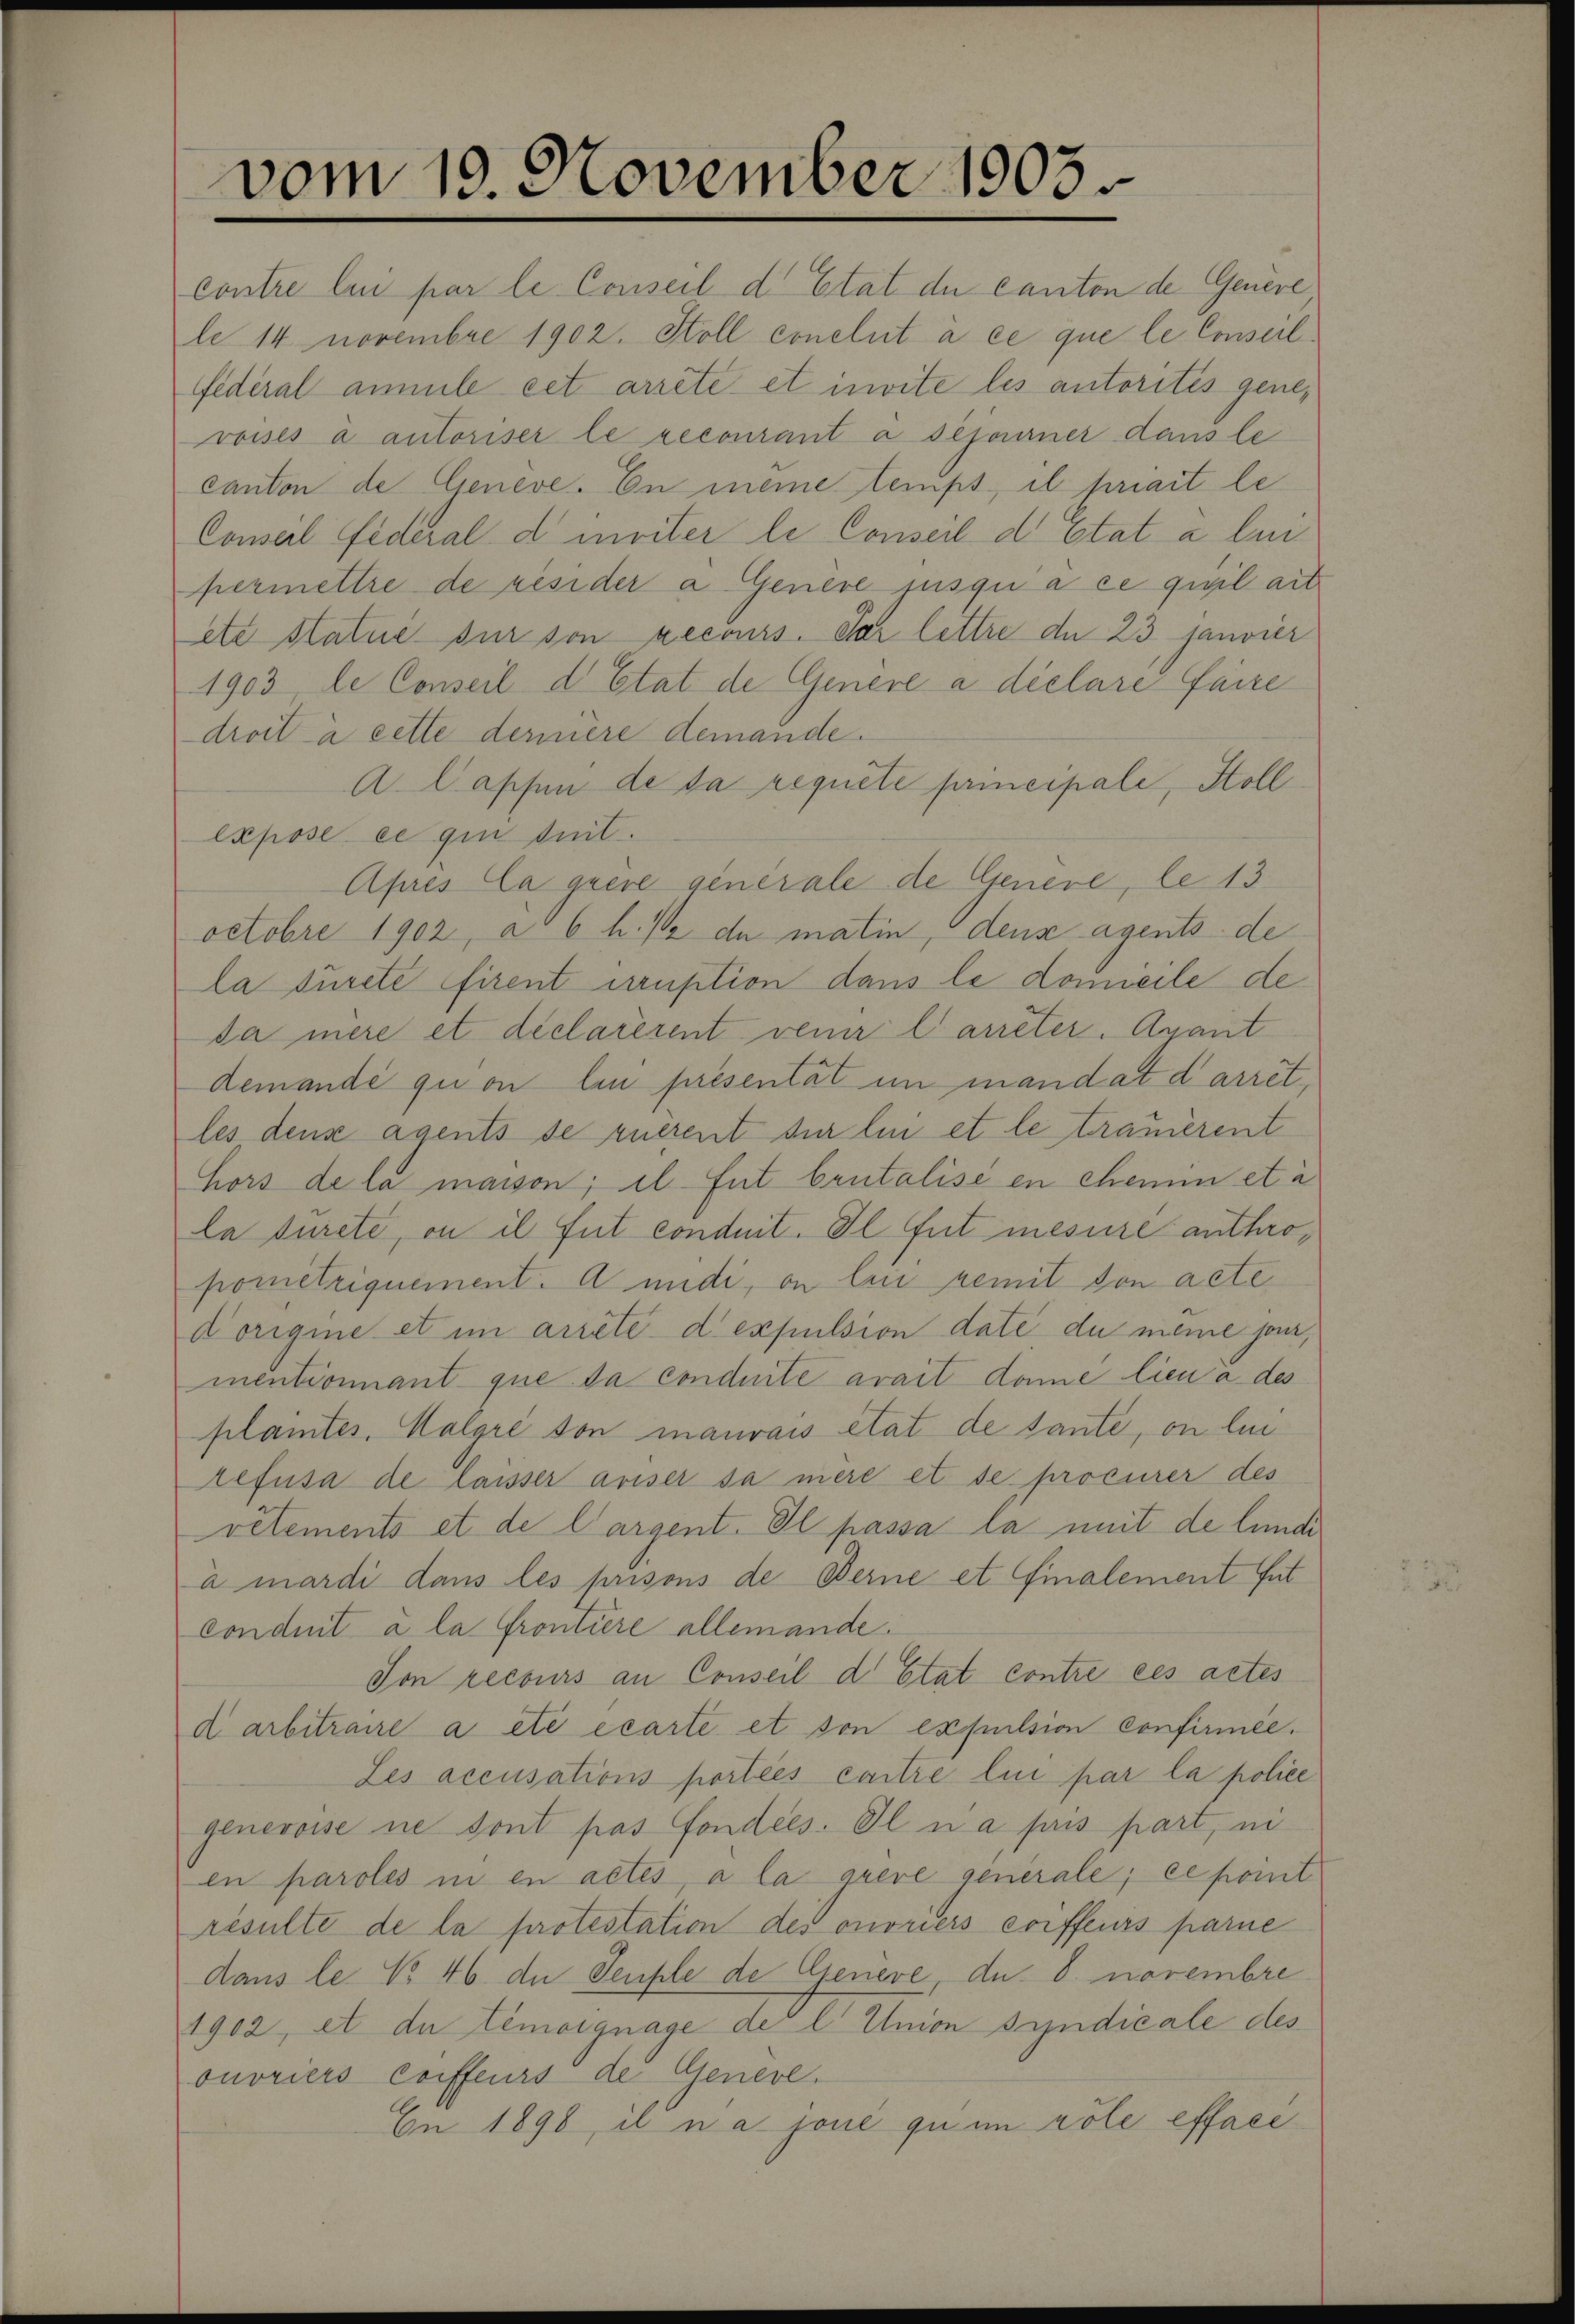
vom 10. November 1905.

Conseil Federal d miter le Conseil d Etat à lui
permettre de resider a Genève jusqu’à ce quil au
ete Statué sur son recours. Par lettre de 23 Janvier
1903 le Conseil d’Etat de Genere a déclare faire
droit à cette dernière demande.
A. Cassen de sa requite principale, Stoll
Expose ce qui seit
Après la quere generale de Genere, le 13
octobre 1902, a 6 h. V de matin, dens agents de
la dureté firent cuption dans le domicile de
da mere et déclarerent seine l’arrêter. Avant
demandé quon le présentat in mandat darret,
les dens agents se querent sie bei et le trauierent
hors de la maison; il Ent brutalise en chem et à
la sureté, ou il fut conduit. Il fut mesure anthropometriquement. A undi, on leis remit von acte
Korigine et im arrété dexpulsion date du meine jour,
mentionnant que da conduite arait donne lieu à des
plamtes. Malgré son mauvais etat de sante, on lie
refusa de laisser ariser sa miere et se procurer des
vêtements et de largent. Il passa la mit de lunaà mardi dans les prisons de Berne et finalement Gut
conduit à la Frontiere allemande
Von recours an Conseil d. Etat contre ces actes
darbitraire a été écarte et son expulsion confirmee.
Les accusations portées caitre lui par la police
genevoise ne sont pas fonders. Il n a pris part, ei
en paroles in en actes, à la quere generale; et point
resulte de la protestation des onoriers corffeurs parie
dans le No 46 de Teufle de Genere, du S. novembre
1902, et da Eemoignage der l. Union syndicale des
onoriers Coiffeurs de Genere.
En 1890, il na joui quin röle efface

contre lui par le Conseil d. Etat de canton de Genere,
le 14 Novembre 1902. Stoll conclut à ce que le Conserl
fédéral anmule cet arrete et invite les autorités genevoises à autoriser le recourant à sejanner dans le
Canton de Geneve. En meine temps, il prait le

¬